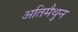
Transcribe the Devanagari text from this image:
अतिमैथुन